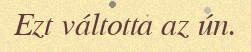
Ezt váltotta az ún.